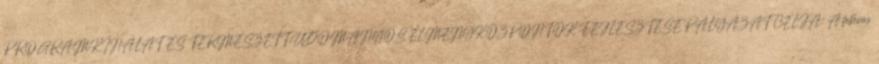
PROGRAMKÍNÁLAT ÉS TERMÉSZETTUDOMÁNYOS ÉLMÉNYKÖZPONTOK FEJLESZTÉSE PÁLYÁZAT CÉLJA: A felhívás